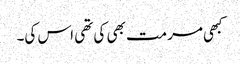
کبھی مرمت بھی کی تھی اس کی۔